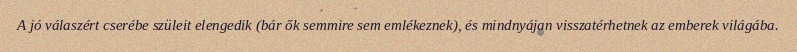
A jó válaszért cserébe szüleit elengedik (bár ők semmire sem emlékeznek), és mindnyájan visszatérhetnek az emberek világába.